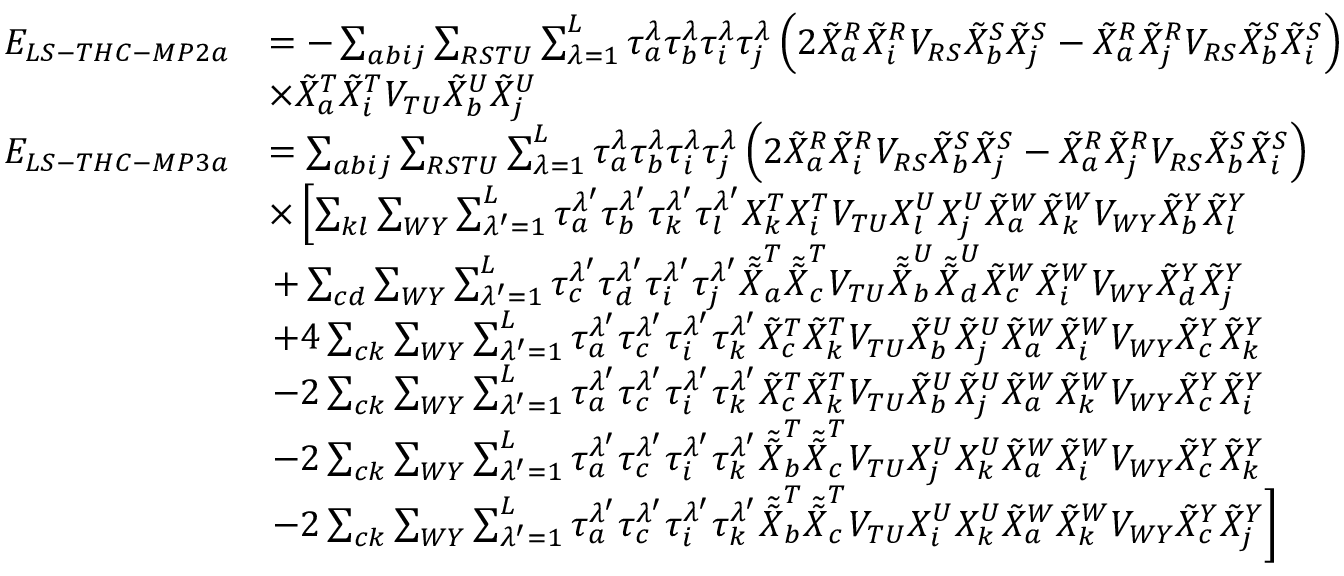
\begin{array} { r l } { E _ { L S - T H C - M P 2 a } } & { = - \sum _ { a b i j } \sum _ { R S T U } \sum _ { \lambda = 1 } ^ { L } \tau _ { a } ^ { \lambda } \tau _ { b } ^ { \lambda } \tau _ { i } ^ { \lambda } \tau _ { j } ^ { \lambda } \left( 2 \tilde { X } _ { a } ^ { R } \tilde { X } _ { i } ^ { R } V _ { R S } \tilde { X } _ { b } ^ { S } \tilde { X } _ { j } ^ { S } - \tilde { X } _ { a } ^ { R } \tilde { X } _ { j } ^ { R } V _ { R S } \tilde { X } _ { b } ^ { S } \tilde { X } _ { i } ^ { S } \right) } \\ & { \times \tilde { X } _ { a } ^ { T } \tilde { X } _ { i } ^ { T } V _ { T U } \tilde { X } _ { b } ^ { U } \tilde { X } _ { j } ^ { U } } \\ { E _ { L S - T H C - M P 3 a } } & { = \sum _ { a b i j } \sum _ { R S T U } \sum _ { \lambda = 1 } ^ { L } \tau _ { a } ^ { \lambda } \tau _ { b } ^ { \lambda } \tau _ { i } ^ { \lambda } \tau _ { j } ^ { \lambda } \left( 2 \tilde { X } _ { a } ^ { R } \tilde { X } _ { i } ^ { R } V _ { R S } \tilde { X } _ { b } ^ { S } \tilde { X } _ { j } ^ { S } - \tilde { X } _ { a } ^ { R } \tilde { X } _ { j } ^ { R } V _ { R S } \tilde { X } _ { b } ^ { S } \tilde { X } _ { i } ^ { S } \right) } \\ & { \times \left[ \sum _ { k l } \sum _ { W Y } \sum _ { \lambda ^ { \prime } = 1 } ^ { L } \tau _ { a } ^ { \lambda ^ { \prime } } \tau _ { b } ^ { \lambda ^ { \prime } } \tau _ { k } ^ { \lambda ^ { \prime } } \tau _ { l } ^ { \lambda ^ { \prime } } X _ { k } ^ { T } X _ { i } ^ { T } V _ { T U } X _ { l } ^ { U } X _ { j } ^ { U } \tilde { X } _ { a } ^ { W } \tilde { X } _ { k } ^ { W } V _ { W Y } \tilde { X } _ { b } ^ { Y } \tilde { X } _ { l } ^ { Y } \right. } \\ & { \left. + \sum _ { c d } \sum _ { W Y } \sum _ { \lambda ^ { \prime } = 1 } ^ { L } \tau _ { c } ^ { \lambda ^ { \prime } } \tau _ { d } ^ { \lambda ^ { \prime } } \tau _ { i } ^ { \lambda ^ { \prime } } \tau _ { j } ^ { \lambda ^ { \prime } } \tilde { \tilde { X } } _ { a } ^ { T } \tilde { \tilde { X } } _ { c } ^ { T } V _ { T U } \tilde { \tilde { X } } _ { b } ^ { U } \tilde { \tilde { X } } _ { d } ^ { U } \tilde { X } _ { c } ^ { W } \tilde { X } _ { i } ^ { W } V _ { W Y } \tilde { X } _ { d } ^ { Y } \tilde { X } _ { j } ^ { Y } \right. } \\ & { \left. + 4 \sum _ { c k } \sum _ { W Y } \sum _ { \lambda ^ { \prime } = 1 } ^ { L } \tau _ { a } ^ { \lambda ^ { \prime } } \tau _ { c } ^ { \lambda ^ { \prime } } \tau _ { i } ^ { \lambda ^ { \prime } } \tau _ { k } ^ { \lambda ^ { \prime } } \tilde { X } _ { c } ^ { T } \tilde { X } _ { k } ^ { T } V _ { T U } \tilde { X } _ { b } ^ { U } \tilde { X } _ { j } ^ { U } \tilde { X } _ { a } ^ { W } \tilde { X } _ { i } ^ { W } V _ { W Y } \tilde { X } _ { c } ^ { Y } \tilde { X } _ { k } ^ { Y } \right. } \\ & { \left. - 2 \sum _ { c k } \sum _ { W Y } \sum _ { \lambda ^ { \prime } = 1 } ^ { L } \tau _ { a } ^ { \lambda ^ { \prime } } \tau _ { c } ^ { \lambda ^ { \prime } } \tau _ { i } ^ { \lambda ^ { \prime } } \tau _ { k } ^ { \lambda ^ { \prime } } \tilde { X } _ { c } ^ { T } \tilde { X } _ { k } ^ { T } V _ { T U } \tilde { X } _ { b } ^ { U } \tilde { X } _ { j } ^ { U } \tilde { X } _ { a } ^ { W } \tilde { X } _ { k } ^ { W } V _ { W Y } \tilde { X } _ { c } ^ { Y } \tilde { X } _ { i } ^ { Y } \right. } \\ & { \left. - 2 \sum _ { c k } \sum _ { W Y } \sum _ { \lambda ^ { \prime } = 1 } ^ { L } \tau _ { a } ^ { \lambda ^ { \prime } } \tau _ { c } ^ { \lambda ^ { \prime } } \tau _ { i } ^ { \lambda ^ { \prime } } \tau _ { k } ^ { \lambda ^ { \prime } } \tilde { \tilde { X } } _ { b } ^ { T } \tilde { \tilde { X } } _ { c } ^ { T } V _ { T U } X _ { j } ^ { U } X _ { k } ^ { U } \tilde { X } _ { a } ^ { W } \tilde { X } _ { i } ^ { W } V _ { W Y } \tilde { X } _ { c } ^ { Y } \tilde { X } _ { k } ^ { Y } \right. } \\ & { \left. - 2 \sum _ { c k } \sum _ { W Y } \sum _ { \lambda ^ { \prime } = 1 } ^ { L } \tau _ { a } ^ { \lambda ^ { \prime } } \tau _ { c } ^ { \lambda ^ { \prime } } \tau _ { i } ^ { \lambda ^ { \prime } } \tau _ { k } ^ { \lambda ^ { \prime } } \tilde { \tilde { X } } _ { b } ^ { T } \tilde { \tilde { X } } _ { c } ^ { T } V _ { T U } X _ { i } ^ { U } X _ { k } ^ { U } \tilde { X } _ { a } ^ { W } \tilde { X } _ { k } ^ { W } V _ { W Y } \tilde { X } _ { c } ^ { Y } \tilde { X } _ { j } ^ { Y } \right] } \end{array}